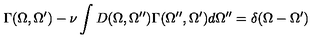
\Gamma ( \Omega , \Omega ^ { \prime } ) - \nu \int D ( \Omega , \Omega ^ { \prime \prime } ) \Gamma ( \Omega ^ { \prime \prime } , \Omega ^ { \prime } ) d \Omega ^ { \prime \prime } = \delta ( \Omega - \Omega ^ { \prime } )